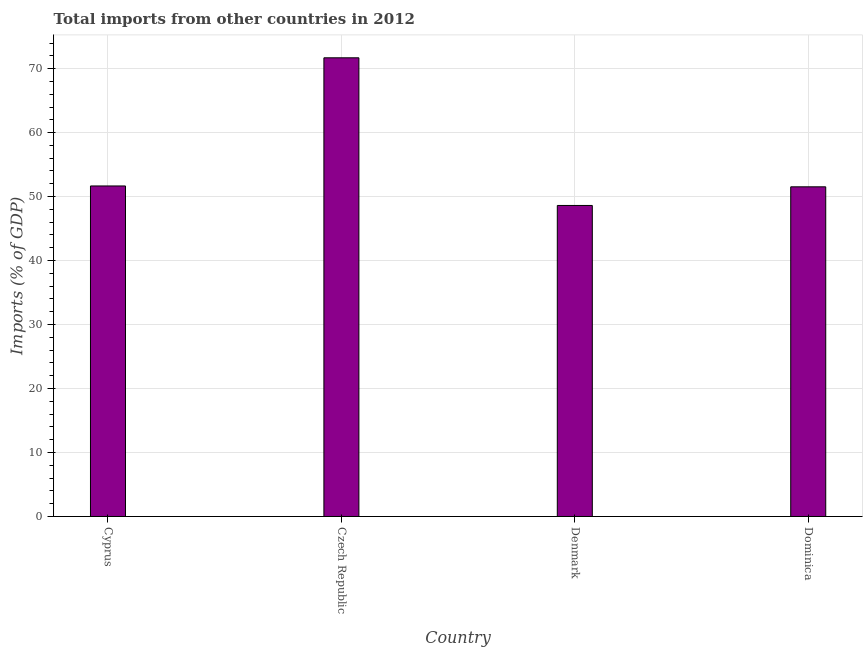
| Country | Imports |
 | --- | --- |
 | Cyprus | 51.7 |
 | Czech Republic | 71.7 |
 | Denmark | 48.6 |
 | Dominica | 51.5 |